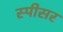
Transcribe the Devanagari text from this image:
स्पीसर